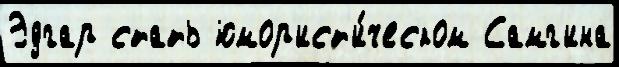
Эдгар стать юмор'ист'и́ческом Самг'ина